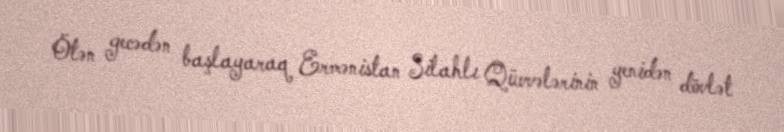
Ötən gecədən başlayaraq Ermənistan Silahlı Qüvvələrinin yenidən dövlət